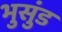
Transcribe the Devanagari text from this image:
भुसुंड